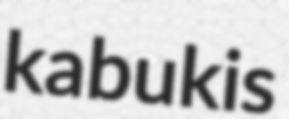
kabukis